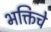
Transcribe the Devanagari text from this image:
भक्तिचे